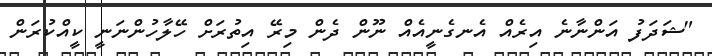
"ޝަދަފު އަންނާނެ އިރެއް އެނގެނީއެއް ނޫން ދެން މިރޭ އިތުރަށް ހޭލާހުންނަނީ ކީއްކުރަން